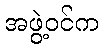
အဖွဲ့ဝင်က